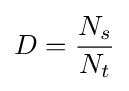
D={N_{s} \over N_{t}}